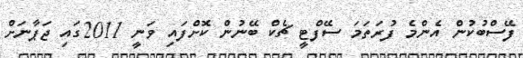
ފޭސްބުކުން އެންމެ ފުރަތަމަ ސޭފްޓީ ޗެކް ބޭނުން ކޮށްފައި ވަނީ 2011ގައި ޖަޕާނަށް